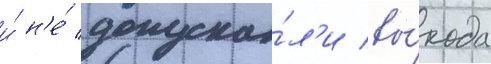
и́ н'е́ допуска́л'и вы́хода